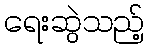
ရေးဆွဲသည့်